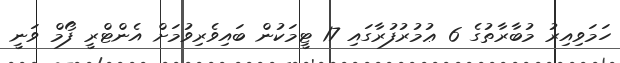
ހަމަވިއިރު މުބާރާތުގެ 6 ޢުމުރުފުރާގައި 17 ޓީމަކުން ބައިވެރިވުމަށް އެންޓްރީ ފޯމް ވަނީ